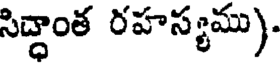
సిద్ధాంత రహస్యము).